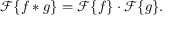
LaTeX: { \mathcal { F } } \{ f * g \} = { \mathcal { F } } \{ f \} \cdot { \mathcal { F } } \{ g \} .